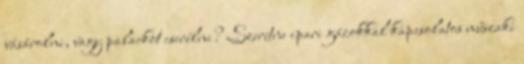
vásárolni, vagy palackot cserélni? Szeretne ipari gázokkal kapcsolatos műszaki